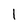
Character: 1